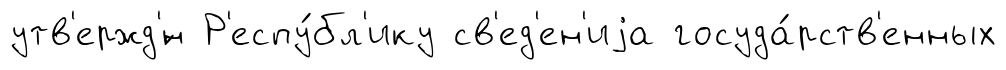
утв'ержд'́н Р'еспу́бл'ику св'ед'ен'иjа госуда́рств'енных